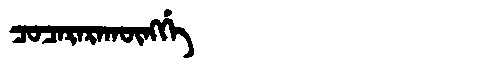
Manchu: ᠴᠣᠴᠠᡵᠠᡵᠠᡴᡡᠩᡤᡝ
Romanization: COCARARAKŪNGGE